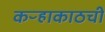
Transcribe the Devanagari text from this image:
कऱ्हाकाठची